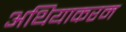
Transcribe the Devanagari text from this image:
अथियाकरम